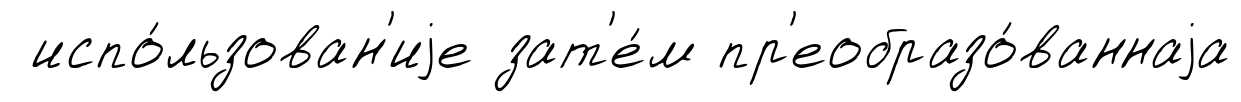
испо́льзован'иjе зат'е́м пр'еобразо́ваннаjа